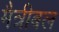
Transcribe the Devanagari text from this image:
मैत्रीबल